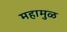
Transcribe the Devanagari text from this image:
महामुळ